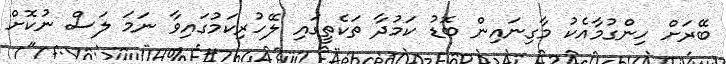
ބޭރަށް ހިންގުމާއެކު މާގިނައިން ބޮޑު ކަމުދާ ތަކެތީގައި ލޭހުރިކަމުގައިވާ ނަމަ ލަސް ނުކޮށް